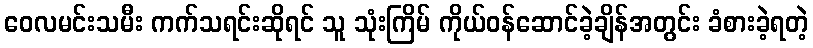
ဝေလမင်းသမီး ကက်သရင်းဆိုရင် သူ သုံးကြိမ် ကိုယ်ဝန်ဆောင်ခဲ့ချိန်အတွင်း ခံစားခဲ့ရတဲ့